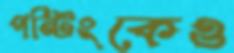
পন্টিংকেও